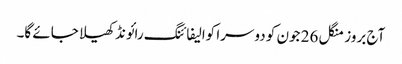
آج بروز منگل 26 جون کو دوسرا کوالیفائنگ رائونڈ کھیلا جائے گا۔